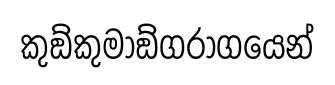
කුඞ්කුමාඞ්ගරාගයෙන්